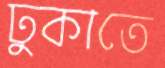
ঢুকাতে